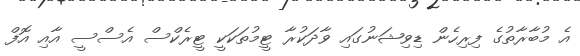
އެ މުބާރާތުގެ ފިރިހެން ޑިވިޝަނުގައި ވާދަކުރާ ޓީމުތަކަކީ ޓީރެކްސް އެސްސީ އާއި އޮފް